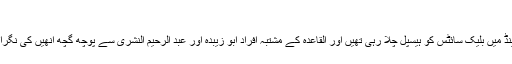
‘
یاد رہے کہ تھائی لینڈ میں بلیک سائٹس کو ہیسپل چلا رہی تھیں اور القاعدہ کے مشتبہ افراد ابو زیبدہ اور عبد الرحیم النشری سے پوچھ گچھ انھیں کی نگرانی میں ہو رہی تھی۔